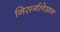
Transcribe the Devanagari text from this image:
निसर्गलेखन